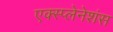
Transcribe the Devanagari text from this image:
एक्स्प्लेनेशंस